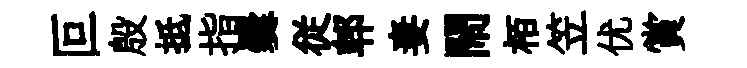
叵殷抵指爨従郫妻閙栢笠优賞